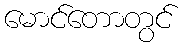
မောင်တောတွင်